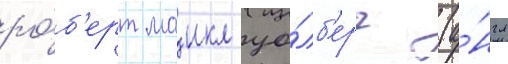
ро́б'ерт маикл уо́лб'ерг (а́нгл